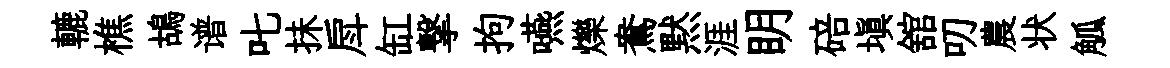
轆樵鴣谱叱抺戽缸撃拘嚥爍鴦黙涯眀碚塡舘叨農状觚